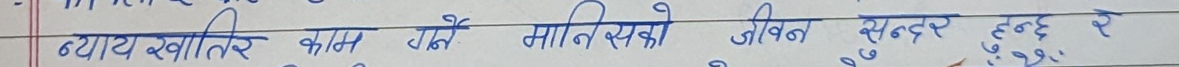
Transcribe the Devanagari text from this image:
न्याय खातिर काम गर्ने मानिसको जीवन सुन्दर हुन्छ रे ।